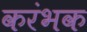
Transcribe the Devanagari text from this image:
करंभक